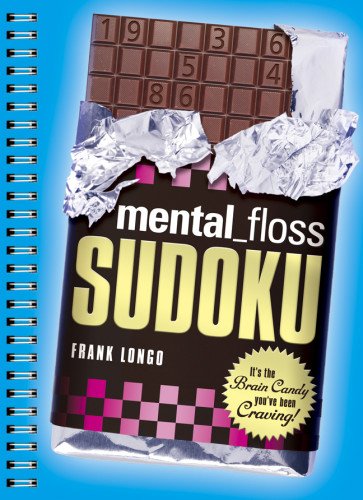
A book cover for mental_floss Sudoku: It's the Brain Candy You've Been Craving!; Frank Longo; Humor & Entertainment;